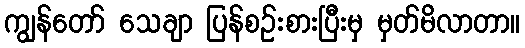
ကျွန်တော် သေချာ ပြန်စဉ်းစားပြီးမှ မှတ်မိလာတာ။